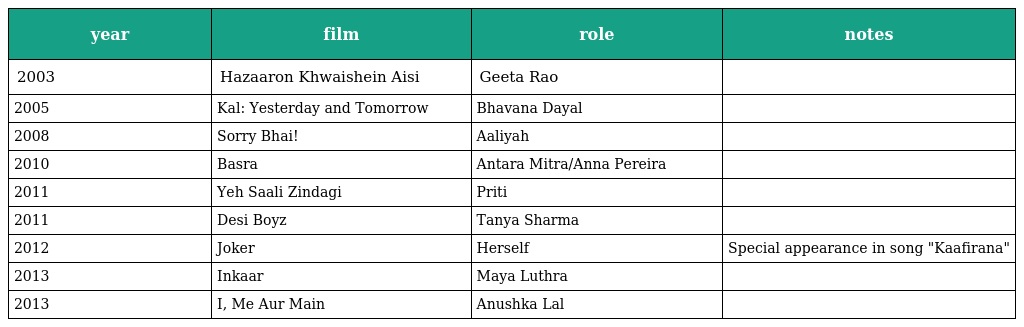
| year | film | role | notes |
 | --- | --- | --- | --- |
 | 2003 | Hazaaron Khwaishein Aisi | Geeta Rao |  |
 | 2005 | Kal: Yesterday and Tomorrow | Bhavana Dayal |  |
 | 2008 | Sorry Bhai! | Aaliyah |  |
 | 2010 | Basra | Antara Mitra/Anna Pereira |  |
 | 2011 | Yeh Saali Zindagi | Priti |  |
 | 2011 | Desi Boyz | Tanya Sharma |  |
 | 2012 | Joker | Herself | Special appearance in song "Kaafirana" |
 | 2013 | Inkaar | Maya Luthra |  |
 | 2013 | I, Me Aur Main | Anushka Lal |  |